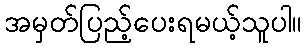
အမှတ်ပြည့်ပေးရမယ့်သူပါ။